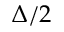
\Delta / 2